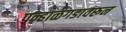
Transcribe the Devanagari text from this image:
पन्हाळगडावरून